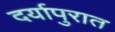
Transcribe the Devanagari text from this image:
दर्यापुरात